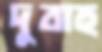
দুবাহু